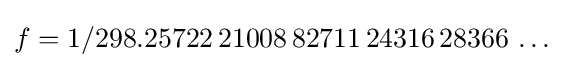
f=1/298.25722\,21008\,82711\,24316\,28366\,\ldots